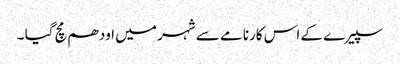
سپیرے کے اس کارنامے سے شہر میں اودھم مچ گیا ۔